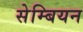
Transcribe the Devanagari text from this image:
सेम्बियन